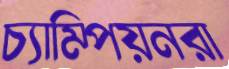
চ্যাম্পিয়নরা